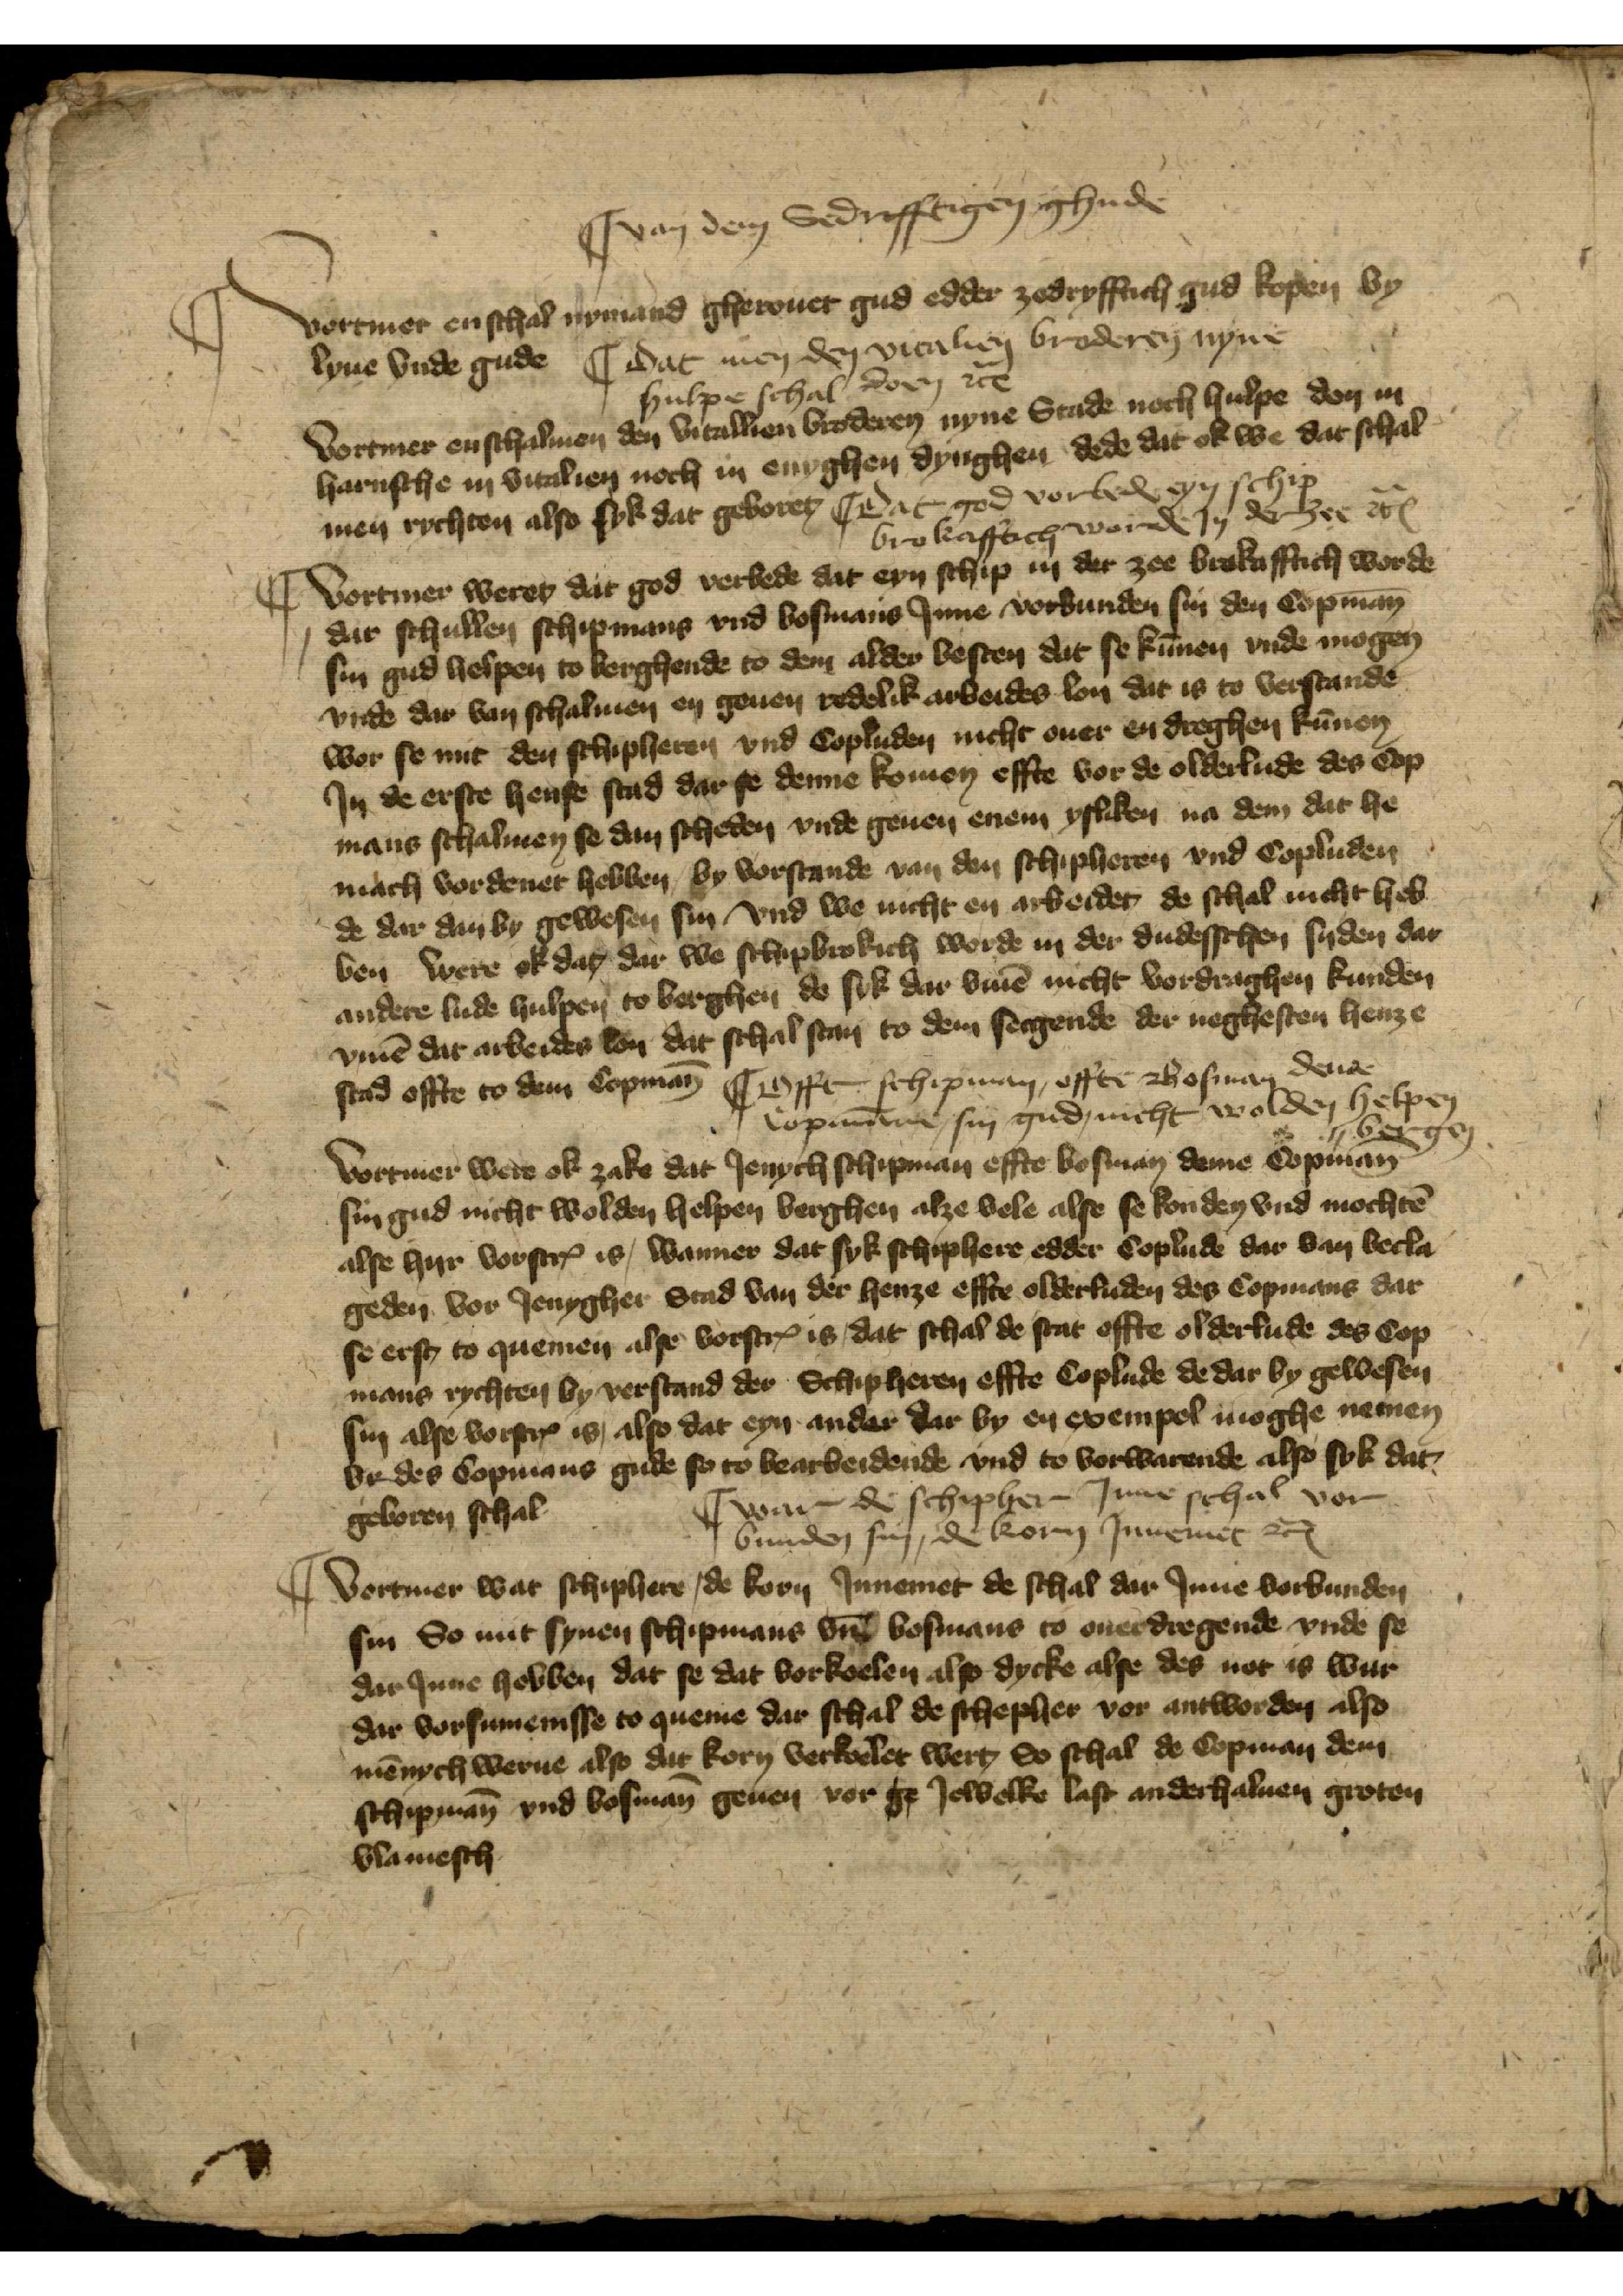
|| van dem Sedrifftigen ghude

vortmer en schal nymand gerouet gud edder zedryfftich gud kopen by
lyue vnde gude

|| dat men den vitalien broderen nyne
hulpe schal doen etꝬ

Vortmer enschalmen den vitallen broderen nyne Stade noch hulpe don in
harnsche in vitalien noch in enighen dynghen dede dat ok we dat schal
men richten also sik dat geboret

|| dat god vorbede eyn Schip
brokafftich worde Jn der zee etꝬ

|| Vortmer weret dat god verbede dat eyn schip in der zee brokafftich worde
dar schullen schipmans vnd bosmans Jnne vordunden sin den Copman
sin gud helpen to berghende to dem alder besten dat se kūnen vnde mogen
vnde dar van schalmen en geuen redelik arbeides lon dat is to verstande
wor se mit den schipheren vnd Copluden nicht ouer en dreghen kūnen
Jn de erste hense stad dar se denne komen effte vor de olderlude des Cop¬
mans schalmen se dan scheden vnde geuen enem ysliken na dem dat he
mach vordenet hebben, by vorstande van den schipheren vnd Copluden
de dar dan by gewesen sin vnd we nicht en arbeidet, de schal nicht heb¬
ben were ok dat, dar we schipbrokich werde in der dudesschen syden dar
andere lude hulpen to berghen de sik dar v̄me nicht vordraghen kunden
v̄me dat arbeides lon dat schal stan to dem secgende der neghesten henze
Stad offte to dem Copman̄

|| Effte schipman effte Bosman dende
Copmāne sin gud nicht wolden helpen
bergen

Vortmer were ok zake dat Jenich schipman effte bosman deme Copman
sin gud nicht wolden helpen berghen alze vele alse se konden vnd mochtē
alse hyr vorscꝬ is, wanner dat syk schiphere edder Coplude dar van becla¬
geden vor Jenygher Stad van der henze effte olderluden des Copmans dat
se erst to quemen alse vorscꝬ is, dat schal de stat offte olderlude des Cop¬
mans richten by verstand der Schipheren effte Coplude de dar by gewesen
sin alse vorscꝬ is, also dat eyn ander dar by en exempel moghe nemen
vt des Copmans gude se to bearbeidende vnd to vorwarende also syk dat
geboren schal

|| war de schipher Jnne schal vor¬
bunden sin, de korn Jnnemet etꝬ

Vortmer wat schiphere, de korn Jnnemet de schal dar Jnne vorbunden
sin So mit synen schipmans vn̄ bosmans to ouerdregende vnde se
dar Jnne hebben dat se dat vorkoelen also dycke alse des not is wur
dar vorsumenisse to queme dar schal de schepher vor antworden also
mēnich werue also dat korn verkollet wert, So schal de Copman dem
Schipmān vnd bosmān geuen vor ge Jewelke ist anderhaluen groten
vlamesch